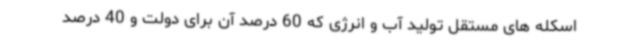
اسکله های مستقل تولید آب و انرژی که 60 درصد آن برای دولت و 40 درصد